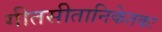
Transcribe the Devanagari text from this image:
गीतसीतानिकेतकः